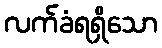
လက်ခံရရှိသော